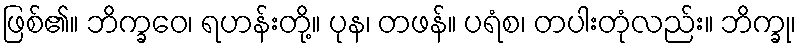
ဖြစ်၏။ ဘိက္ခဝေ၊ ရဟန်းတို့။ ပုန၊ တဖန်။ ပရံစ၊ တပါးတုံလည်း။ ဘိက္ခု၊